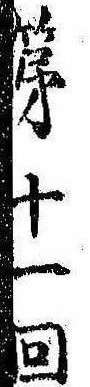
第十一回